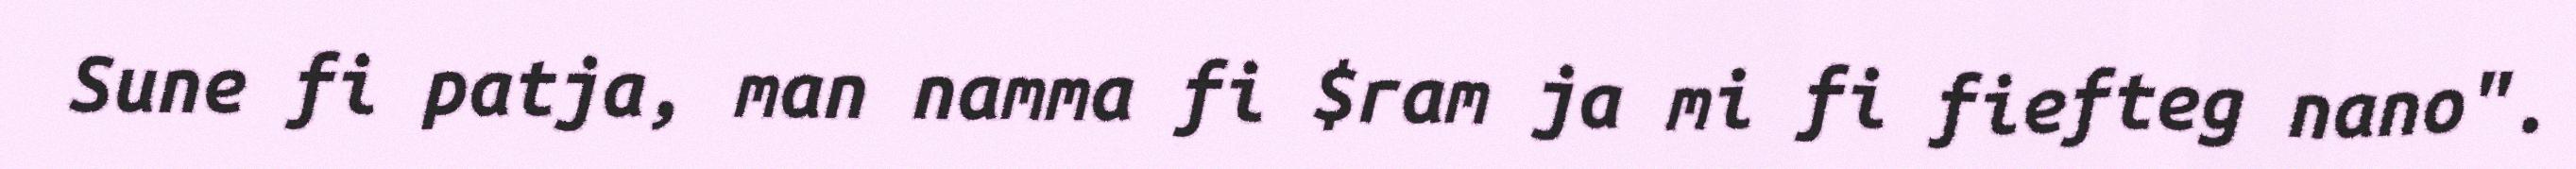
Sune fi patja, man namma fi $ram ja mi fi fiefteg nano".